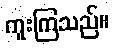
ကူးကြသည်။